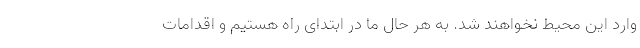
وارد این محیط نخواهند شد. به هر حال ما در ابتدای راه هستیم و اقدامات